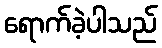
ရောက်ခဲ့ပါသည်